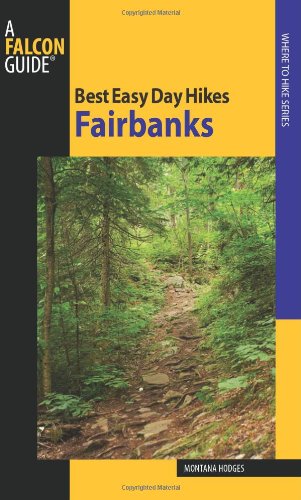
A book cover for Best Easy Day Hikes Fairbanks (Best Easy Day Hikes Series); Montana Hodges; Travel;